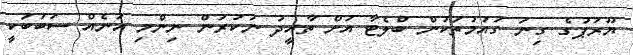
ޔޫރަޕުގެ ގިނަ ގައުމުތަކުން ބްލެޓާ އަށް ތާއީދު ނުކުރަން ނިންމި އަނެއް ސަބަބަކީ